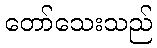
တော်သေးသည်